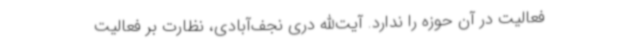
فعالیت در آن حوزه را ندارد. آیت‌الله دری نجف‌آبادی، نظارت بر فعالیت